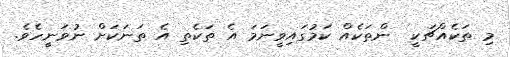
މި ތަކެއްޗަކީ  ންތަކެއް ކަމުގައިވީނަމަ އެ ތަކެތި އެ ތަނަކަށް ނުވަނީހެވެ.